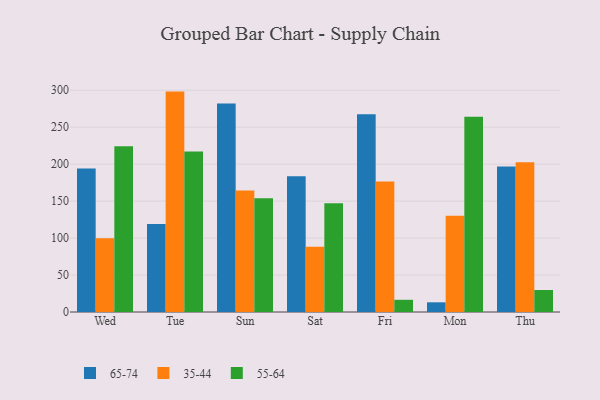
{"axis": {"x": "Day", "y": "Satisfaction Score"}, "legend": ["35-44", "55-64", "65-74"], "data": [{"x": "Wed", "y": 194.1, "type": "65-74"}, {"x": "Wed", "y": 99.8, "type": "35-44"}, {"x": "Wed", "y": 224.4, "type": "55-64"}, {"x": "Tue", "y": 118.9, "type": "65-74"}, {"x": "Tue", "y": 298.2, "type": "35-44"}, {"x": "Tue", "y": 217.0, "type": "55-64"}, {"x": "Sun", "y": 282.0, "type": "65-74"}, {"x": "Sun", "y": 164.4, "type": "35-44"}, {"x": "Sun", "y": 154.0, "type": "55-64"}, {"x": "Sat", "y": 183.5, "type": "65-74"}, {"x": "Sat", "y": 88.3, "type": "35-44"}, {"x": "Sat", "y": 147.3, "type": "55-64"}, {"x": "Fri", "y": 267.7, "type": "65-74"}, {"x": "Fri", "y": 176.5, "type": "35-44"}, {"x": "Fri", "y": 16.5, "type": "55-64"}, {"x": "Mon", "y": 13.1, "type": "65-74"}, {"x": "Mon", "y": 130.1, "type": "35-44"}, {"x": "Mon", "y": 264.2, "type": "55-64"}, {"x": "Thu", "y": 196.8, "type": "65-74"}, {"x": "Thu", "y": 202.5, "type": "35-44"}, {"x": "Thu", "y": 29.8, "type": "55-64"}]}